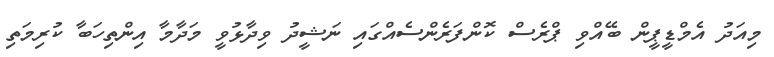
މިއަދު އެމްޑީޕީން ބޭއްވި ޕްރެސް ކޮންފަރެންސެއްގައި ނަޝީދު ވިދާޅުވީ މަދާމާ އިންތިހަބާ ކުރިމަތި